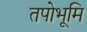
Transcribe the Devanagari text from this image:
तपोभूमि